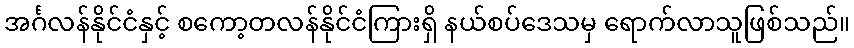
အင်္ဂလန်နိုင်ငံနှင့် စကော့တလန်နိုင်ငံကြားရှိ နယ်စပ်ဒေသမှ ရောက်လာသူဖြစ်သည်။